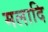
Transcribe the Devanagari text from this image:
मलादि